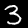
Label: 3